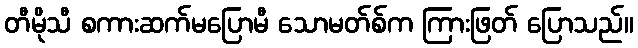
တီမိုသီ စကားဆက်မပြောမီ သောမတ်စ်က ကြားဖြတ် ပြောသည်။